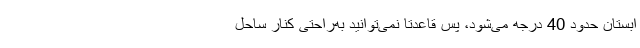
ابستان حدود 40 درجه می‌شود، پس قاعدتا نمی‌توانید به‌راحتی کنار ساحل